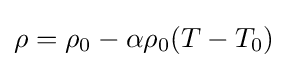
\rho =\rho _{0}-\alpha \rho _{0}(T-T_{0})